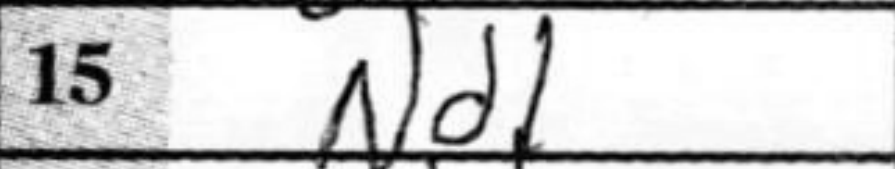
Transcription: Nd1